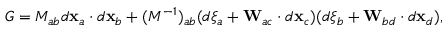
{ \cal G } = M _ { a b } d { \bf x } _ { a } \cdot d { \bf x } _ { b } + ( M ^ { - 1 } ) _ { a b } ( d \xi _ { a } + { \bf W } _ { a c } \cdot d { \bf x } _ { c } ) ( d \xi _ { b } + { \bf W } _ { b d } \cdot d { \bf x } _ { d } ) ,